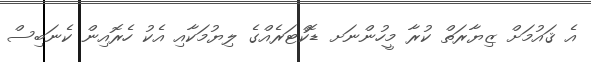
އެ ޤައުމަށް ޒިޔާރަތް ކުރާ މީހުންނަށ ޑޮކްޓަރެއްގެ ލިޔުމަކާއި އެކު ހެރޮއިން ކެނަބިސް